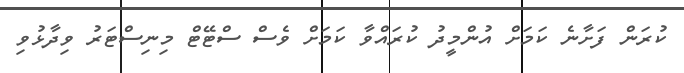
ކުރަން ފަށާނެ ކަމަށް އުންމީދު ކުރައްވާ ކަމަށް ވެސް ސްޓޭޓް މިނިސްޓަރު ވިދާޅުވި